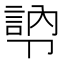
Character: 𭅾